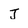
Character: J